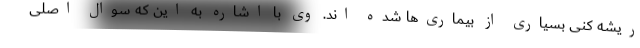
ریشه کنی بسیاری از بیماری‌ها شده اند. وی با اشاره به این که سوال اصلی